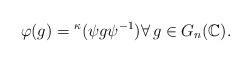
LaTeX: \begin{align*}\varphi(g)={}^{\kappa}\!\, (\psi g\psi^{-1})\forall\,g\in G_n(\mathbb{C}).\end{align*}